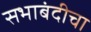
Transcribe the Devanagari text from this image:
सभाबंदीचा